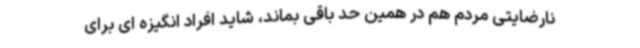
نارضایتی مردم هم در همین حد باقی بماند، شاید افراد انگیزه ای برای